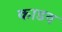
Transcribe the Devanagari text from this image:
काडव